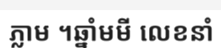
ភ្លាម ។ឆ្នាំមមី លេខនាំ